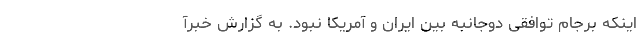
اینکه برجام توافقی دوجانبه بین ایران و آمریکا نبود. به گزارش خبرآ